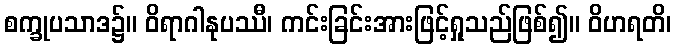
စက္ခုပသာဒ၌။ ဝိရာဂါနုပဿီ၊ ကင်းခြင်းအားဖြင့်ရှုသည်ဖြစ်၍။ ဝိဟရတိ၊